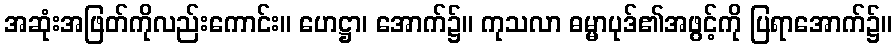
အဆုံးအဖြတ်ကိုလည်းကောင်း။ ဟေဋ္ဌာ၊ အောက်၌။ ကုသလာ ဓမ္မာပုဒ်၏အဖွင့်ကို ပြရာအောက်၌။